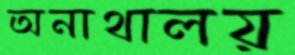
অনাথালয়